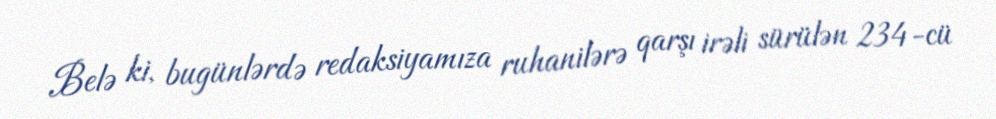
Belə ki, bugünlərdə redaksiyamıza ruhanilərə qarşı irəli sürülən 234-cü